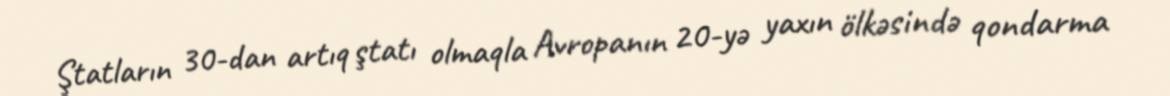
Ştatların 30-dan artıq ştatı olmaqla Avropanın 20-yə yaхın ölkəsində qondarma